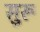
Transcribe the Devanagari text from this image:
सुरू